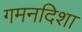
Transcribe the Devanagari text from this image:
गमनदिशा